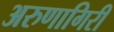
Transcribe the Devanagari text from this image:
अरुणागिरी